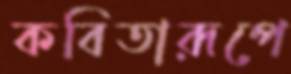
কবিতারূপে